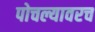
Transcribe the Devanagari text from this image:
पोचल्यावरच